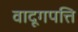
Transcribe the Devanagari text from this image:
वादूगपत्ति